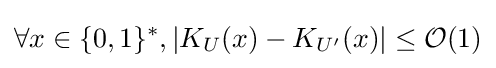
\forall x\in \{0,1\}^{*},|K_{U}(x)-K_{U'}(x)|\leq {\mathcal {O}}(1)